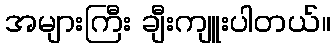
အများကြီး ချီးကျူးပါတယ်။